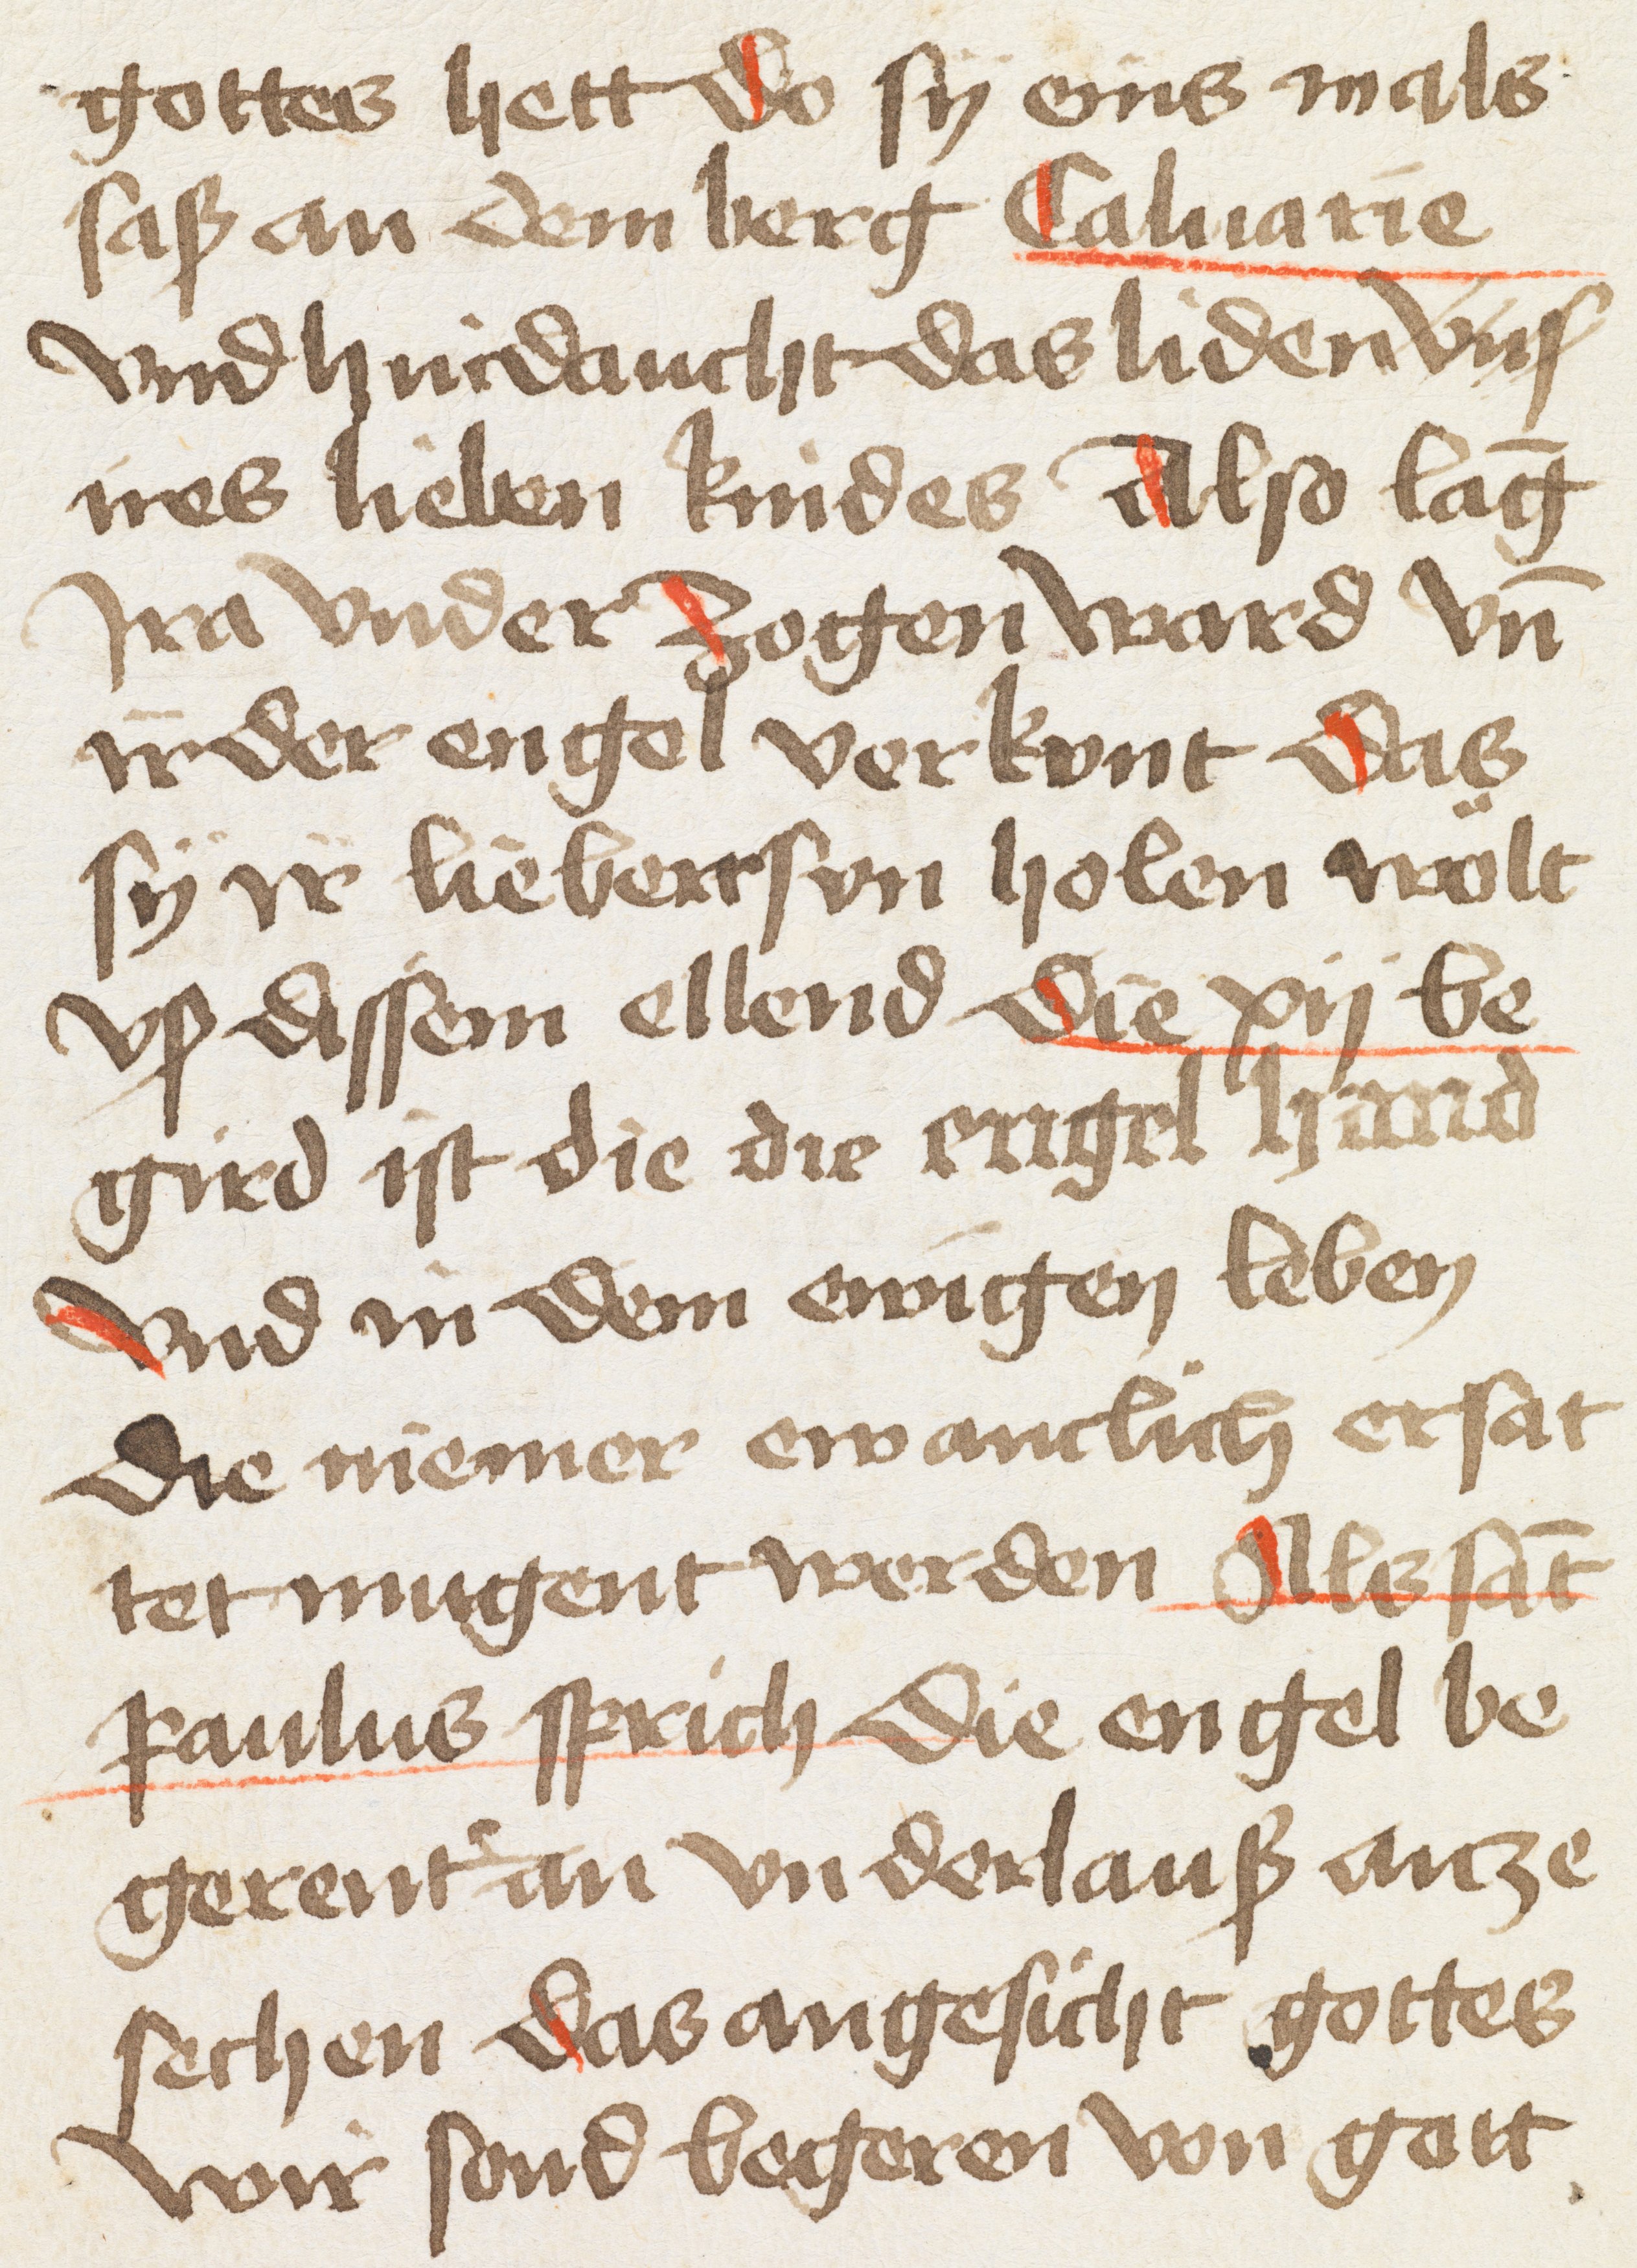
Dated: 1500–1530